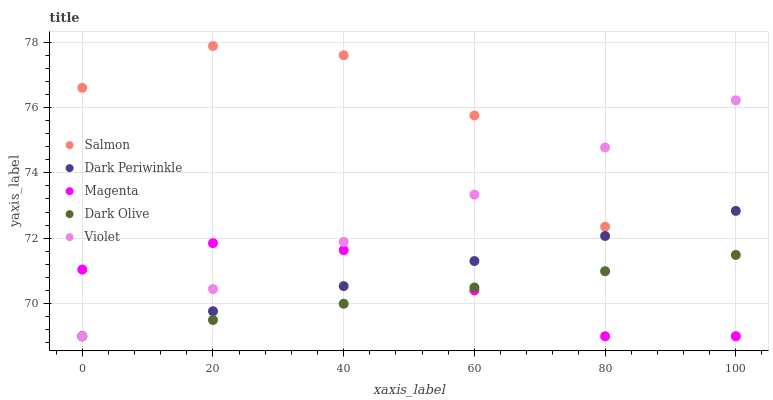
| xaxis_label | Salmon | Dark Periwinkle | Magenta | Dark Olive | Violet |
 | --- | --- | --- | --- | --- | --- |
 | 0 | 76.6 | 69 | 71 | 69 | 69 |
 | 20 | 77.9 | 69.8 | 71.8 | 69.5 | 70.4 |
 | 40 | 77.6 | 70.5 | 71.6 | 70 | 71.9 |
 | 60 | 75.8 | 71.3 | 70.4 | 70.5 | 73.3 |
 | 80 | 72.4 | 72.1 | 69 | 71 | 74.8 |
 | 100 | 69 | 72.8 | 69 | 71.5 | 76.2 |